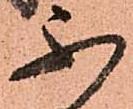
不